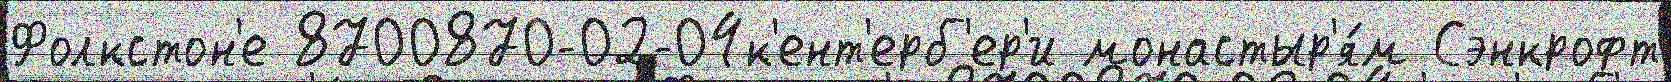
Фолкстон'е 8700870-02-04к'ент'ерб'ер'и монастыр'я́м Сэнкрофт